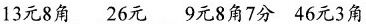
13元8角 26元 9元8角7分 46元3角